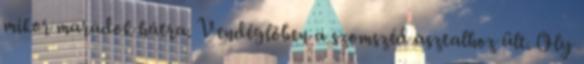
mikor maradok hátra. Vendéglőben a szomszéd asztalhoz ült. Oly